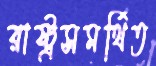
রাষ্ট্রসমর্থিত